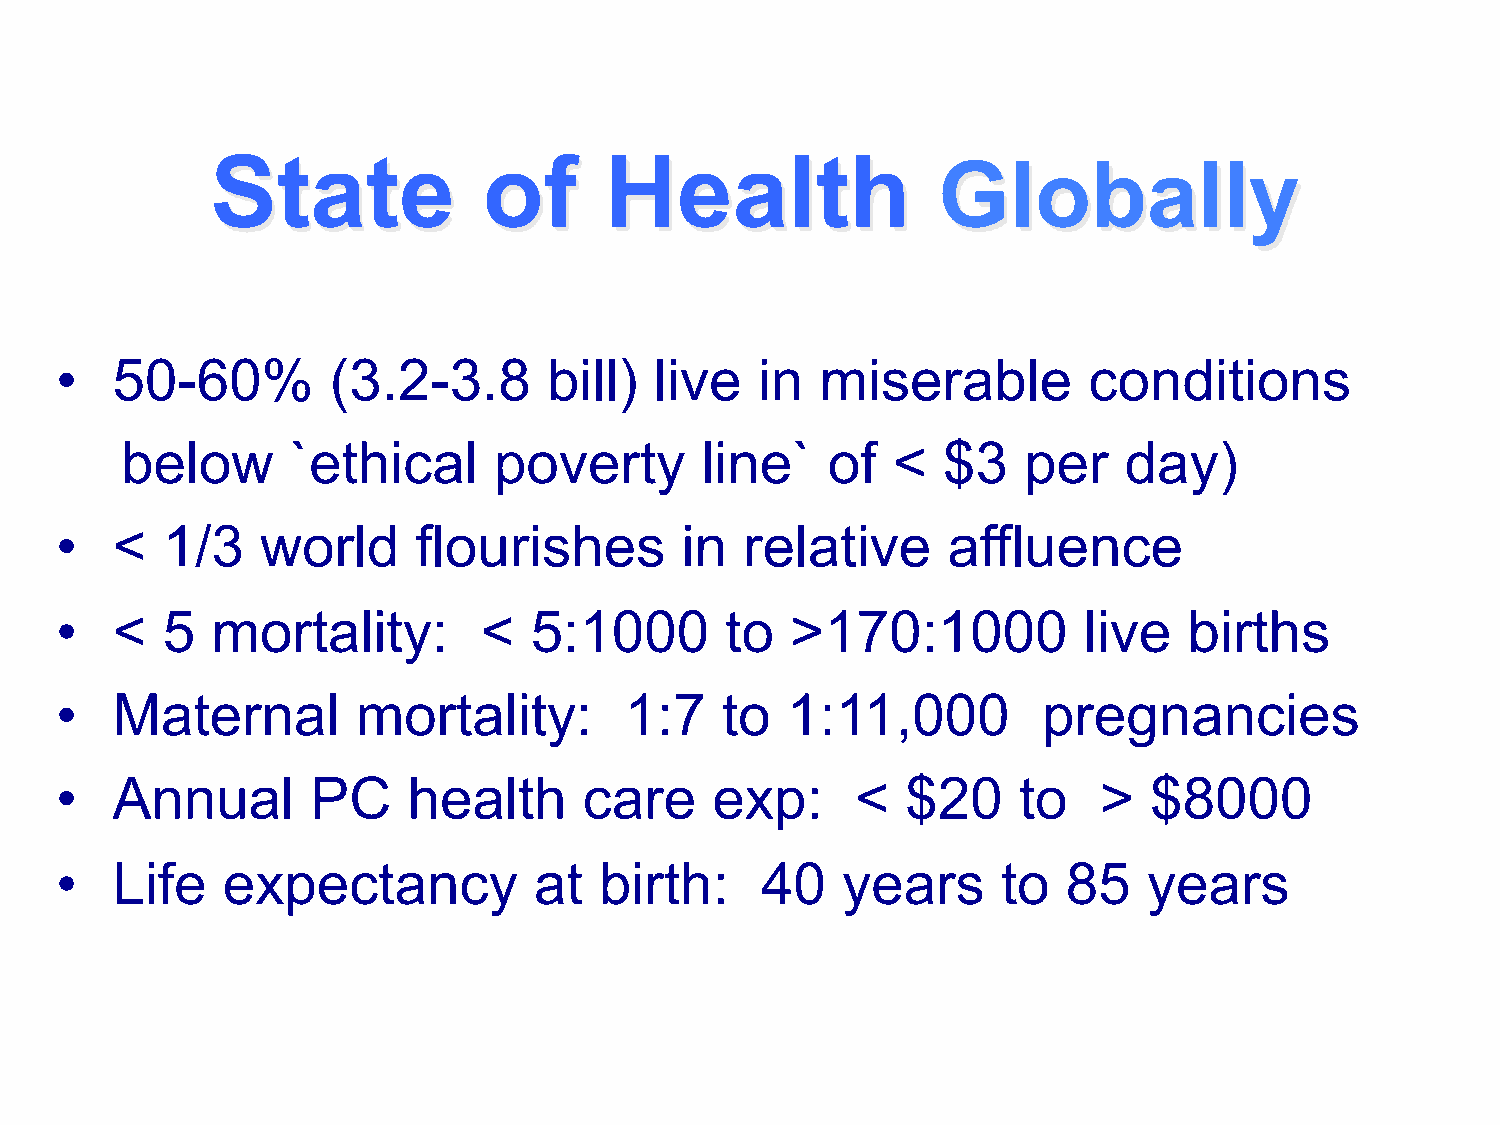
State             of      Health
 Globally
 •  50-60%         (3.2-3.8      bill)  live   in  miserable         conditions
 below      `ethical      poverty      line`    of  <  $3    per   day)
 •  <   1/3   world      flourishes       in  relative      affluence
 •  <   5  mortality:        <  5:1000       to  >170:1000           live   births
 •  Maternal         mortality:       1:7    to  1:11,000         pregnancies
 •  Annual        PC    health      care    exp:      <  $20    to    >  $8000
 •  Life    expectancy          at   birth:    40    years     to   85   years